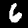
Label: 6